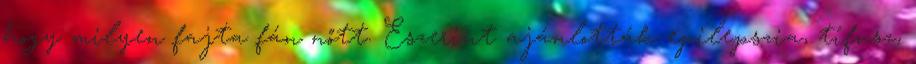
hogy milyen fajta fán nőtt. Eszerint ajánlották epilepszia, tífusz,